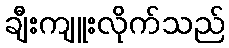
ချီးကျူးလိုက်သည်